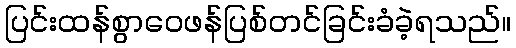
ပြင်းထန်စွာဝေဖန်ပြစ်တင်ခြင်းခံခဲ့ရသည်။